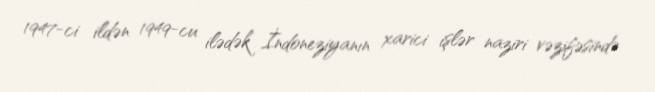
1947-ci ildən 1949-cu ilədək İndoneziyanın xarici işlər naziri vəzifəsində